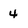
Character: 4